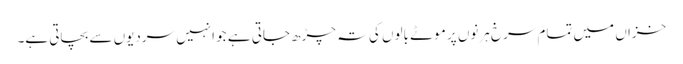
خزاں میں تمام سرخ ہرنوں پر موٹے بالوں کی تہ چڑھ جاتی ہے جو انہیں سردیوں سے بچاتی ہے۔